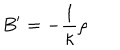
LaTeX: B ^ { \prime } = - \frac { 1 } { \kappa } \rho